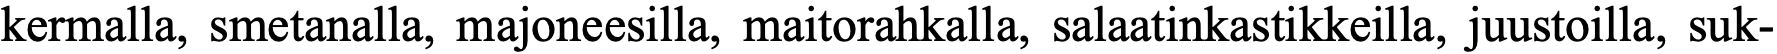
kermalla, smetanalla, majoneesilla, maitorahkalla, salaatinkastikkeilla, juustoilla, suk-